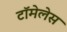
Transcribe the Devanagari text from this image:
टॉमेलेस